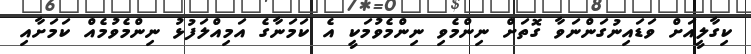
ކިގާލީއަށް ވަޑައިނުގަންނަވާ ގޮތަށް ނިންމެވި ނިންމެވުމަކީ އެ ކަމަނާގެ އަމިއްލަފުޅު ނިންމެވުމެއް ކަމަށާއި